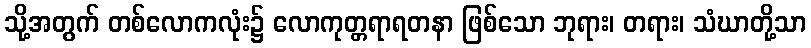
သို့အတွက် တစ်လောကလုံး၌ လောကုတ္တရာရတနာ ဖြစ်သော ဘုရား၊ တရား၊ သံဃာတို့သာ